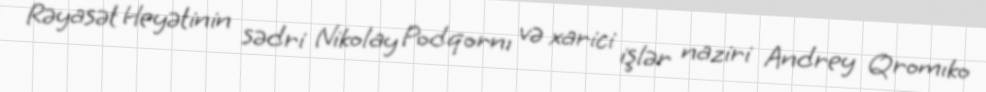
Rəyasət Heyətinin sədri Nikolay Podqornı və xarici işlər naziri Andrey Qromıko